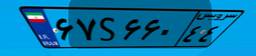
۶۷S۶۶۰۴۴